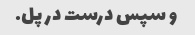
و سپس درست در پل.